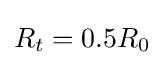
R_{t}=0.5R_{0}